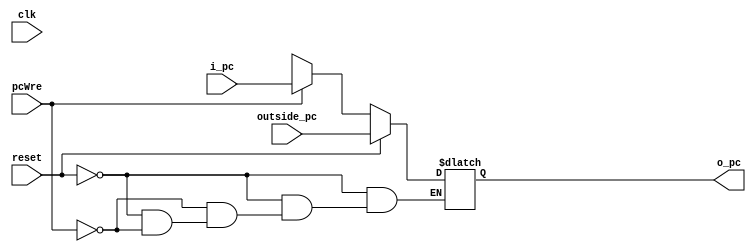
//  PC?????
// @param clk ????
// @param pcWre??
// @param reset??
// @param i_pc ???pc?
// @param o_pc ???pc?
// @param outside_pc ???
module PC(clk, i_pc, pcWre, reset, outside_pc, o_pc);
  input wire clk, pcWre, reset;
  input wire [31:0] i_pc, outside_pc;
  output reg [31:0] o_pc;
  always @(pcWre or reset) begin // ??????????????????????pcWre???????reset????????
   // reset
    if (reset) begin
      o_pc = outside_pc;
    end 
    else if (pcWre) begin
      o_pc = i_pc;
    end else if (!pcWre) begin 
        o_pc = o_pc;
     end
  end
endmodule